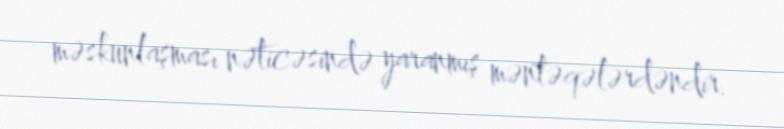
məskunlaşması nəticəsində yaranmış məntəqələrdəndir.